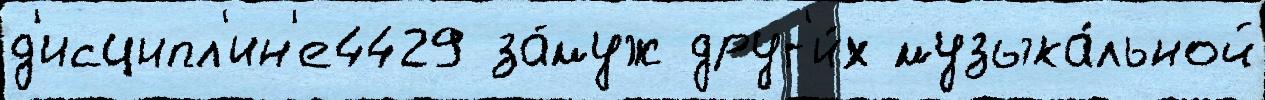
д'исципл'ин'е4429 за́муж друг'и́х музыка́льной